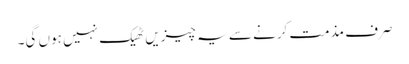
صرف مذمت کرنے سے یہ چیزیں ٹھیک نہیں ہوں گی۔